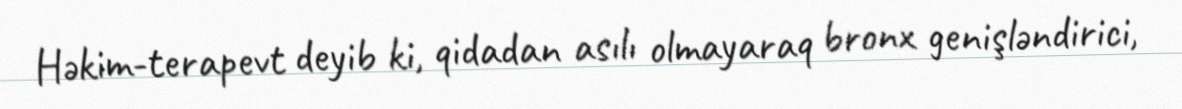
Həkim-terapevt deyib ki, qidadan asılı olmayaraq bronx genişləndirici,